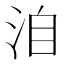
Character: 洎